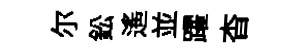
尓鈆遙並躍杳